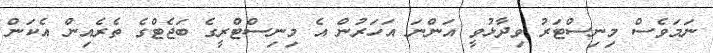
ނަމަވެސް މިނިސްޓަރު ވިދާޅުވީ އަންނަ އަހަރުން އެ މިނިސްޓްރީގެ ބަޖެޓްގެ ތެރެއިން އެކަން